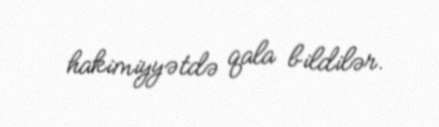
hakimiyyətdə qala bildilər.